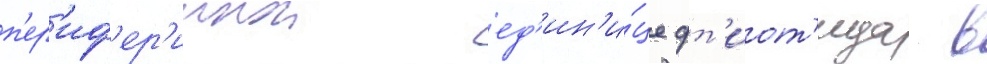
п'ер'иф'ер'иинои ед'ин'и́це фт'иот'ида в